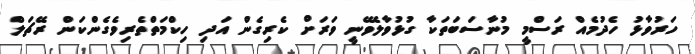
ހަރުވާޅު ހެދުމެއް ރަސްމީ މުނާސަބަތަކާ ގުޅުވާލެވޭނީ ވަރަށް ކެރިގެން އަދި ހިކްމަތްތެރިވެގެންކަން ރޭޗަލް